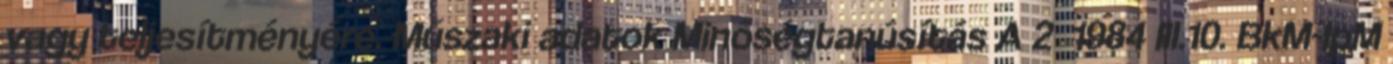
vagy teljesítményére. Műszaki adatok Minőségtanúsítás A 2 1984 III.10. BkM-IpM